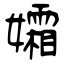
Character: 孀